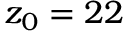
z _ { 0 } = 2 2